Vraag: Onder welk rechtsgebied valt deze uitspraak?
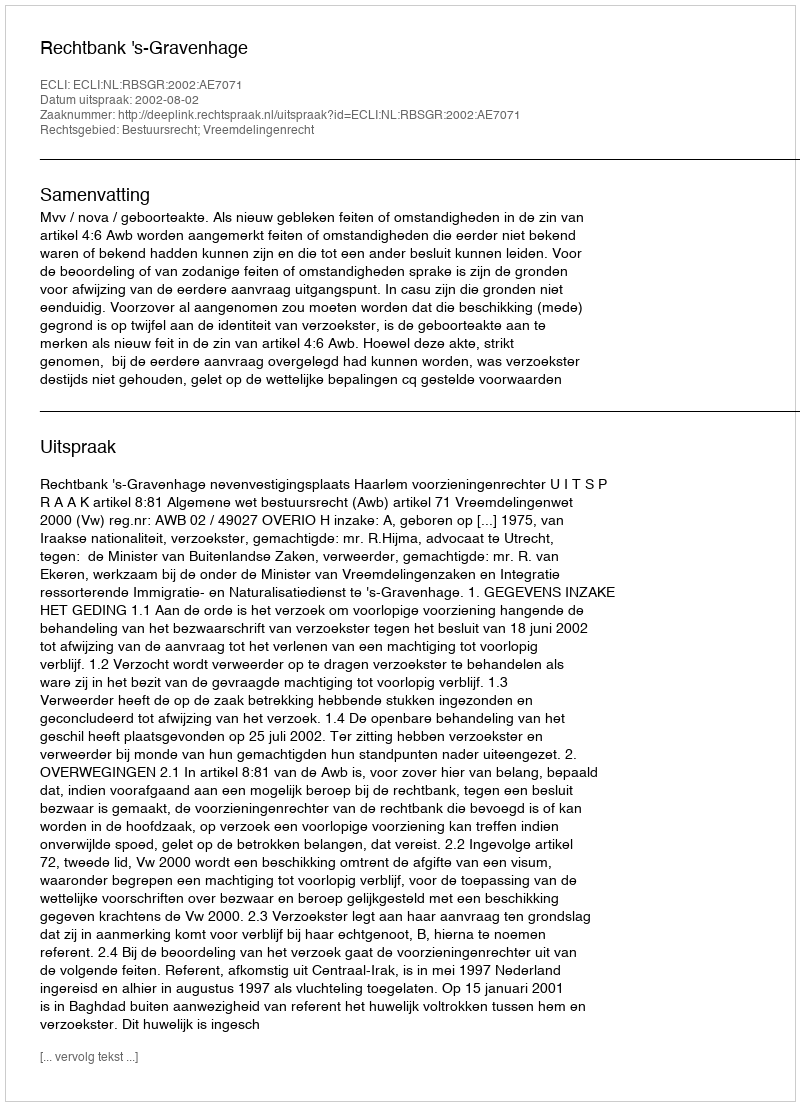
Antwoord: Bestuursrecht; Vreemdelingenrecht